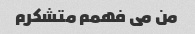
من می فهمم متشکرم